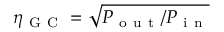
\eta _ { \mathrm { ~ G ~ C ~ } } = \sqrt { P _ { \mathrm { ~ o ~ u ~ t ~ } } / P _ { \mathrm { ~ i ~ n ~ } } }